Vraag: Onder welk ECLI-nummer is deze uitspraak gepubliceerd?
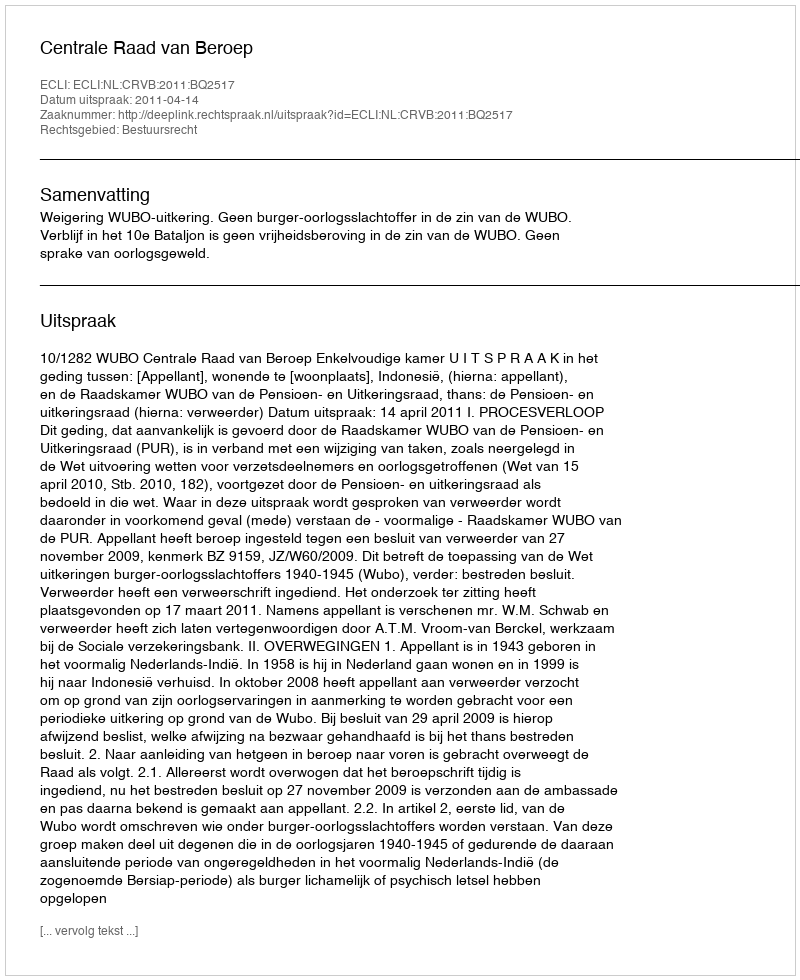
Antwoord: ECLI:NL:CRVB:2011:BQ2517